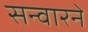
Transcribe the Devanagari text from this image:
सन्वारने